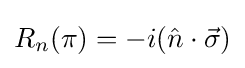
R_{n}(\pi )=-i({\hat {n}}\cdot {\vec {\sigma }})